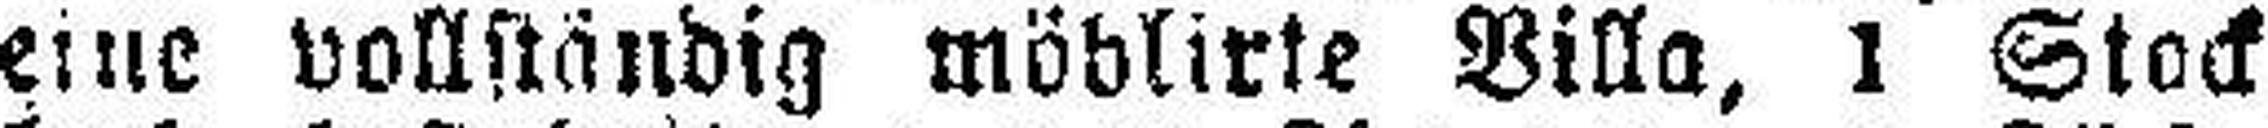
eine vollständig möblirte Villa, 1 Stock